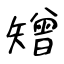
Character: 矰